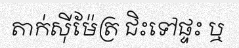
តាក់ស៊ីម៉ែត្រ ជិះទៅផ្ទះ ឬ